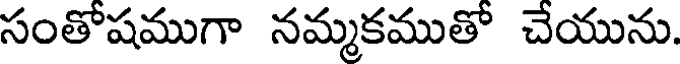
సంతోషముగా నమ్మకముతో చేయును.